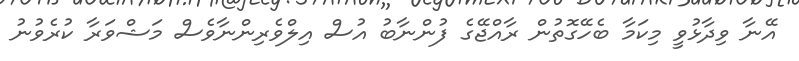
އޭނާ ވިދާޅުވީ މިކަމާ ބެހޭގޮތުން ރާއްޖޭގެ ފުންނާބު އުސް އިލްވެރިންނާވެސް މަޝްވަރާ ކުރެވުނު